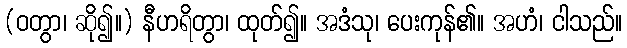
(ဝတွာ၊ ဆို၍။) နီဟရိတွာ၊ ထုတ်၍။ အဒံသု၊ ပေးကုန်၏။ အဟံ၊ ငါသည်။